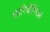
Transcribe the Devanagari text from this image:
सारिदीनिआ